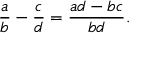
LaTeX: { \frac { a } { b } } - { \frac { c } { d } } = { \frac { a d - b c } { b d } } .